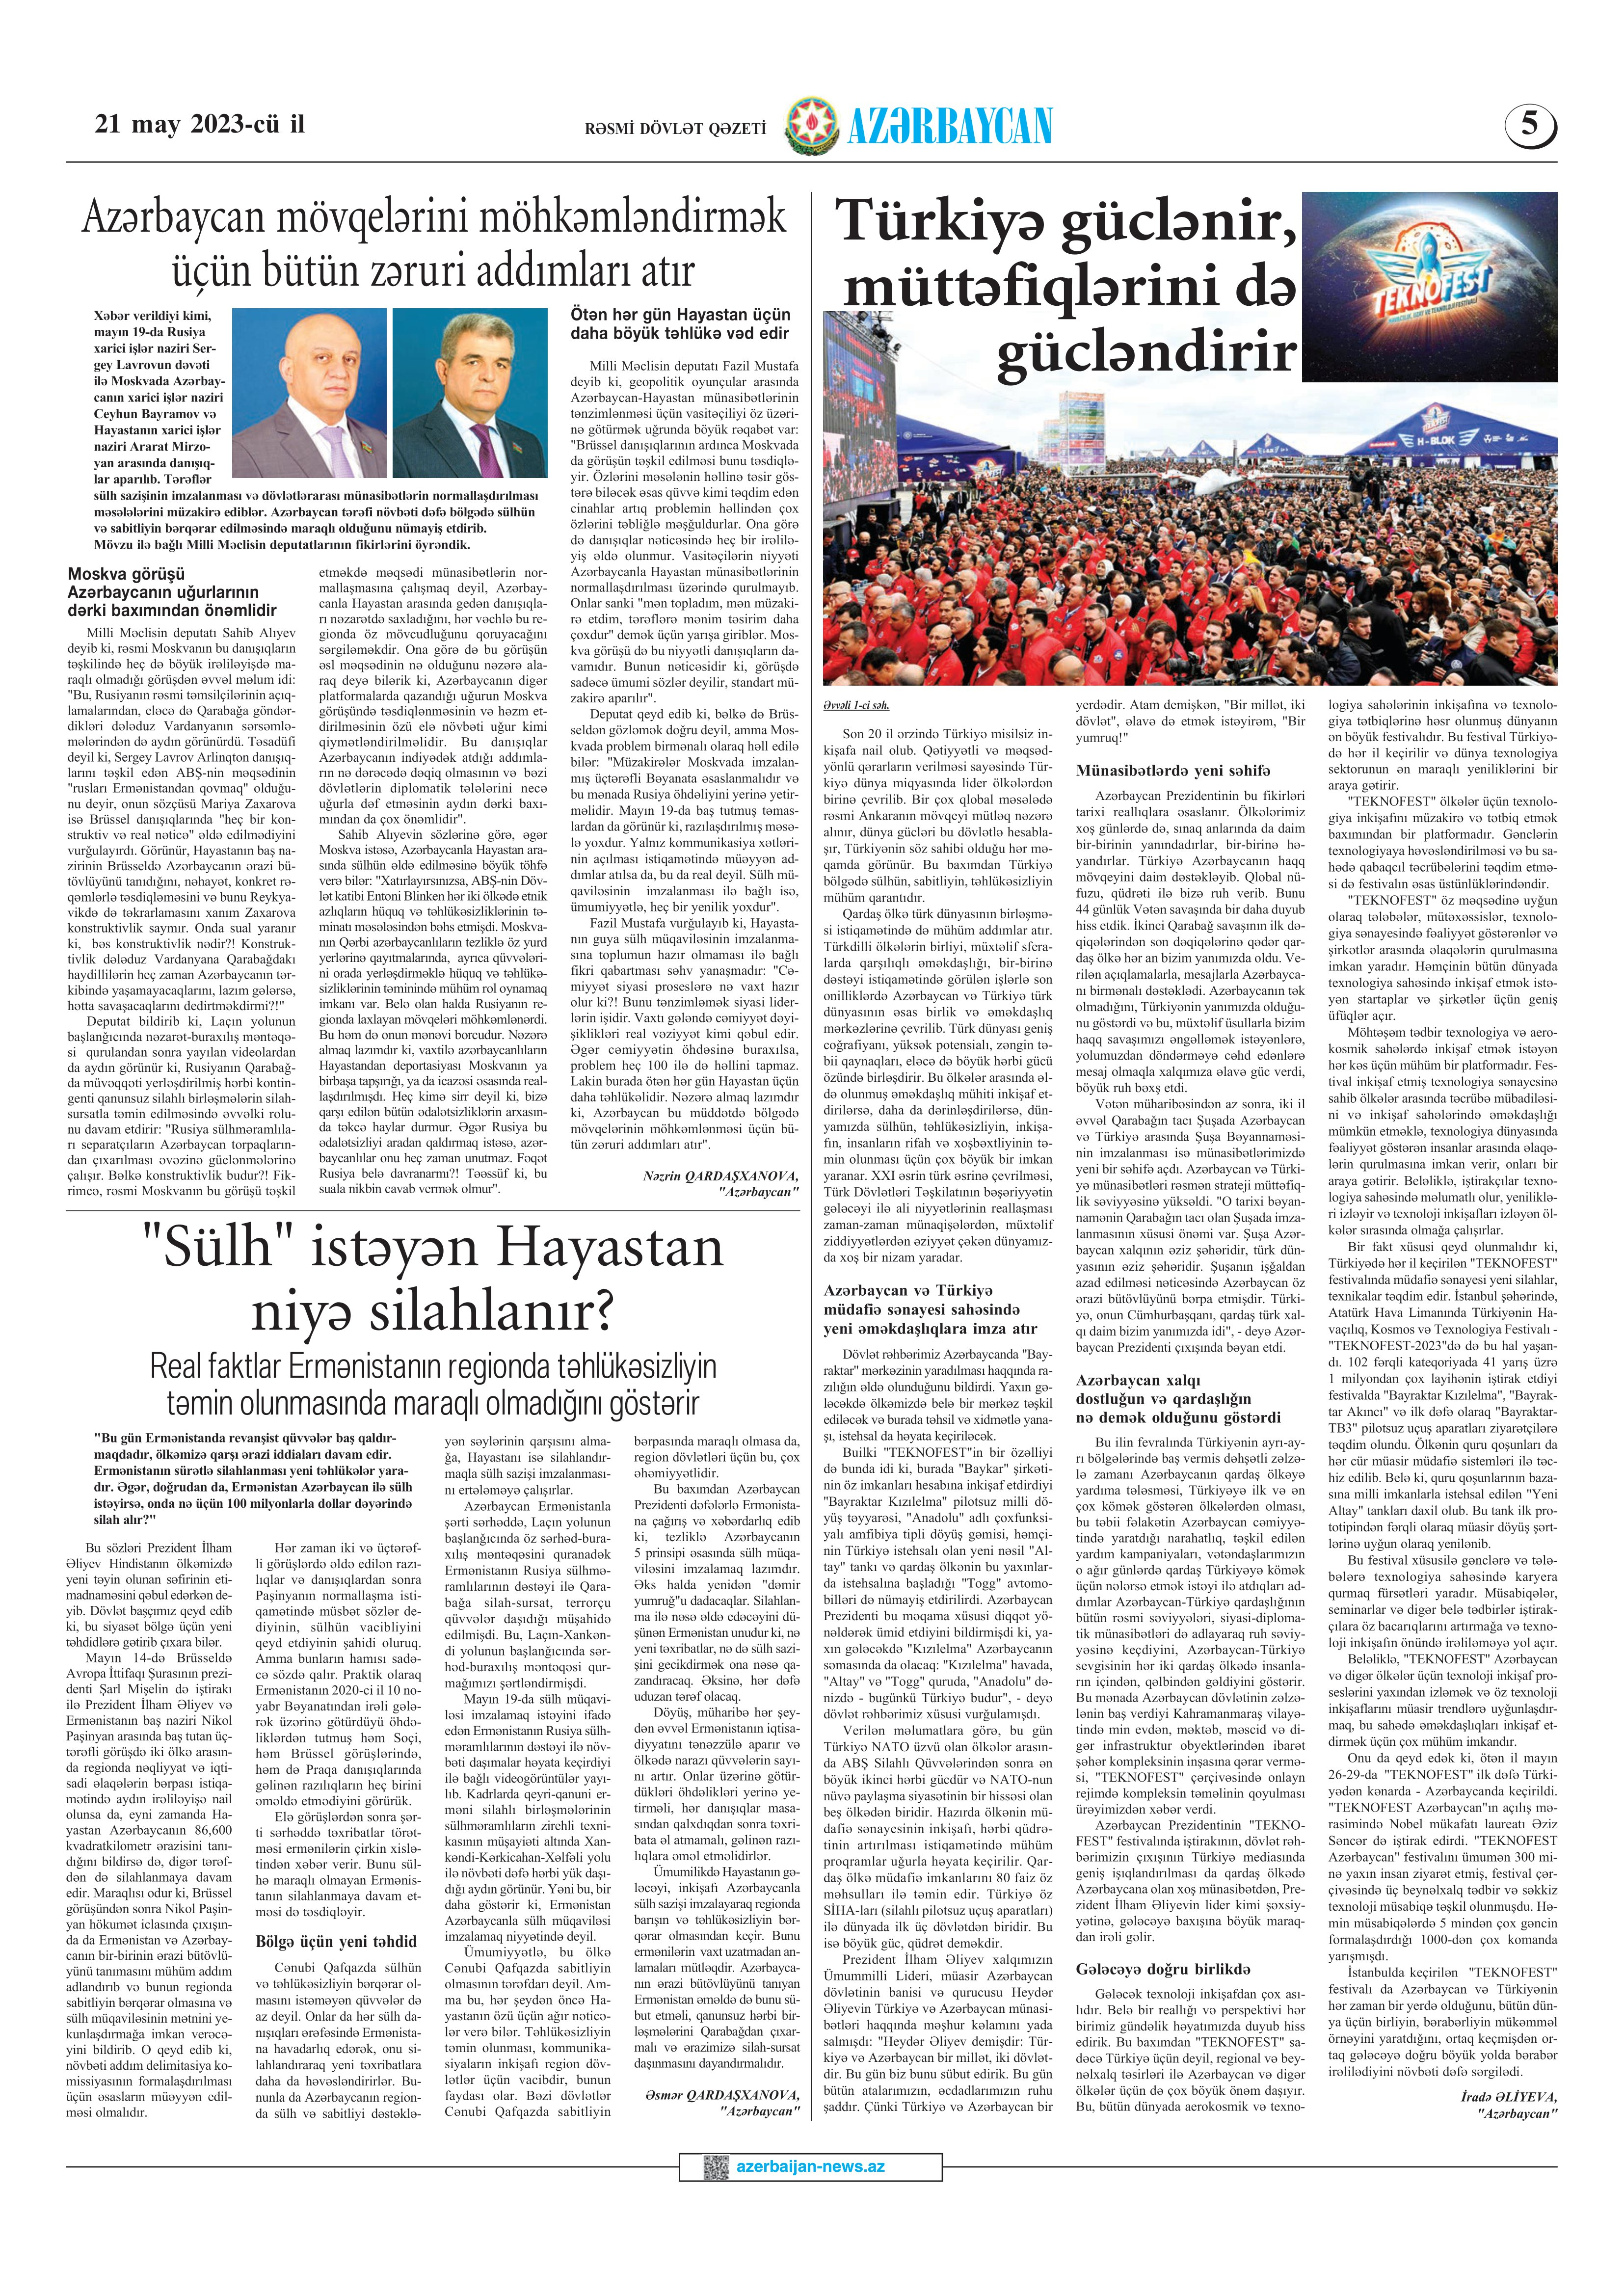
Language: az